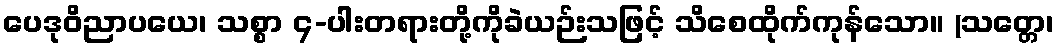
ပေဒုဝိညာပယေ၊ သစ္စာ ၄-ပါးတရားတို့ကိုခဲယဉ်းသဖြင့် သိစေထိုက်ကုန်သော။ (သတ္တေ၊